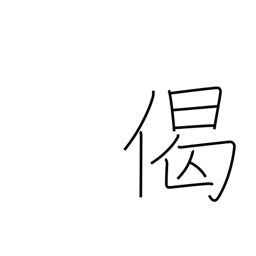
Meaning: verse in praise of Buddha